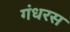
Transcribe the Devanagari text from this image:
गंधरस